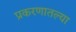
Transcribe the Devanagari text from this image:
प्रकरणातल्या